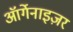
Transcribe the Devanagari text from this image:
ऑर्गेनाइज़र